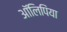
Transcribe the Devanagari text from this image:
आॅलिपिंया